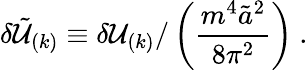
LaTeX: \delta{\tilde{\cal U}}_{(k)}\equiv\delta{\cal U}_{(k)}/\left(\frac{m^{4}{\tilde{a}}^{2}}{8\pi^{2}}\right)\ .